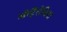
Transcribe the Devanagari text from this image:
ऑस्ट्रैलेसिया